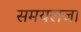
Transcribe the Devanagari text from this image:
समयराजा